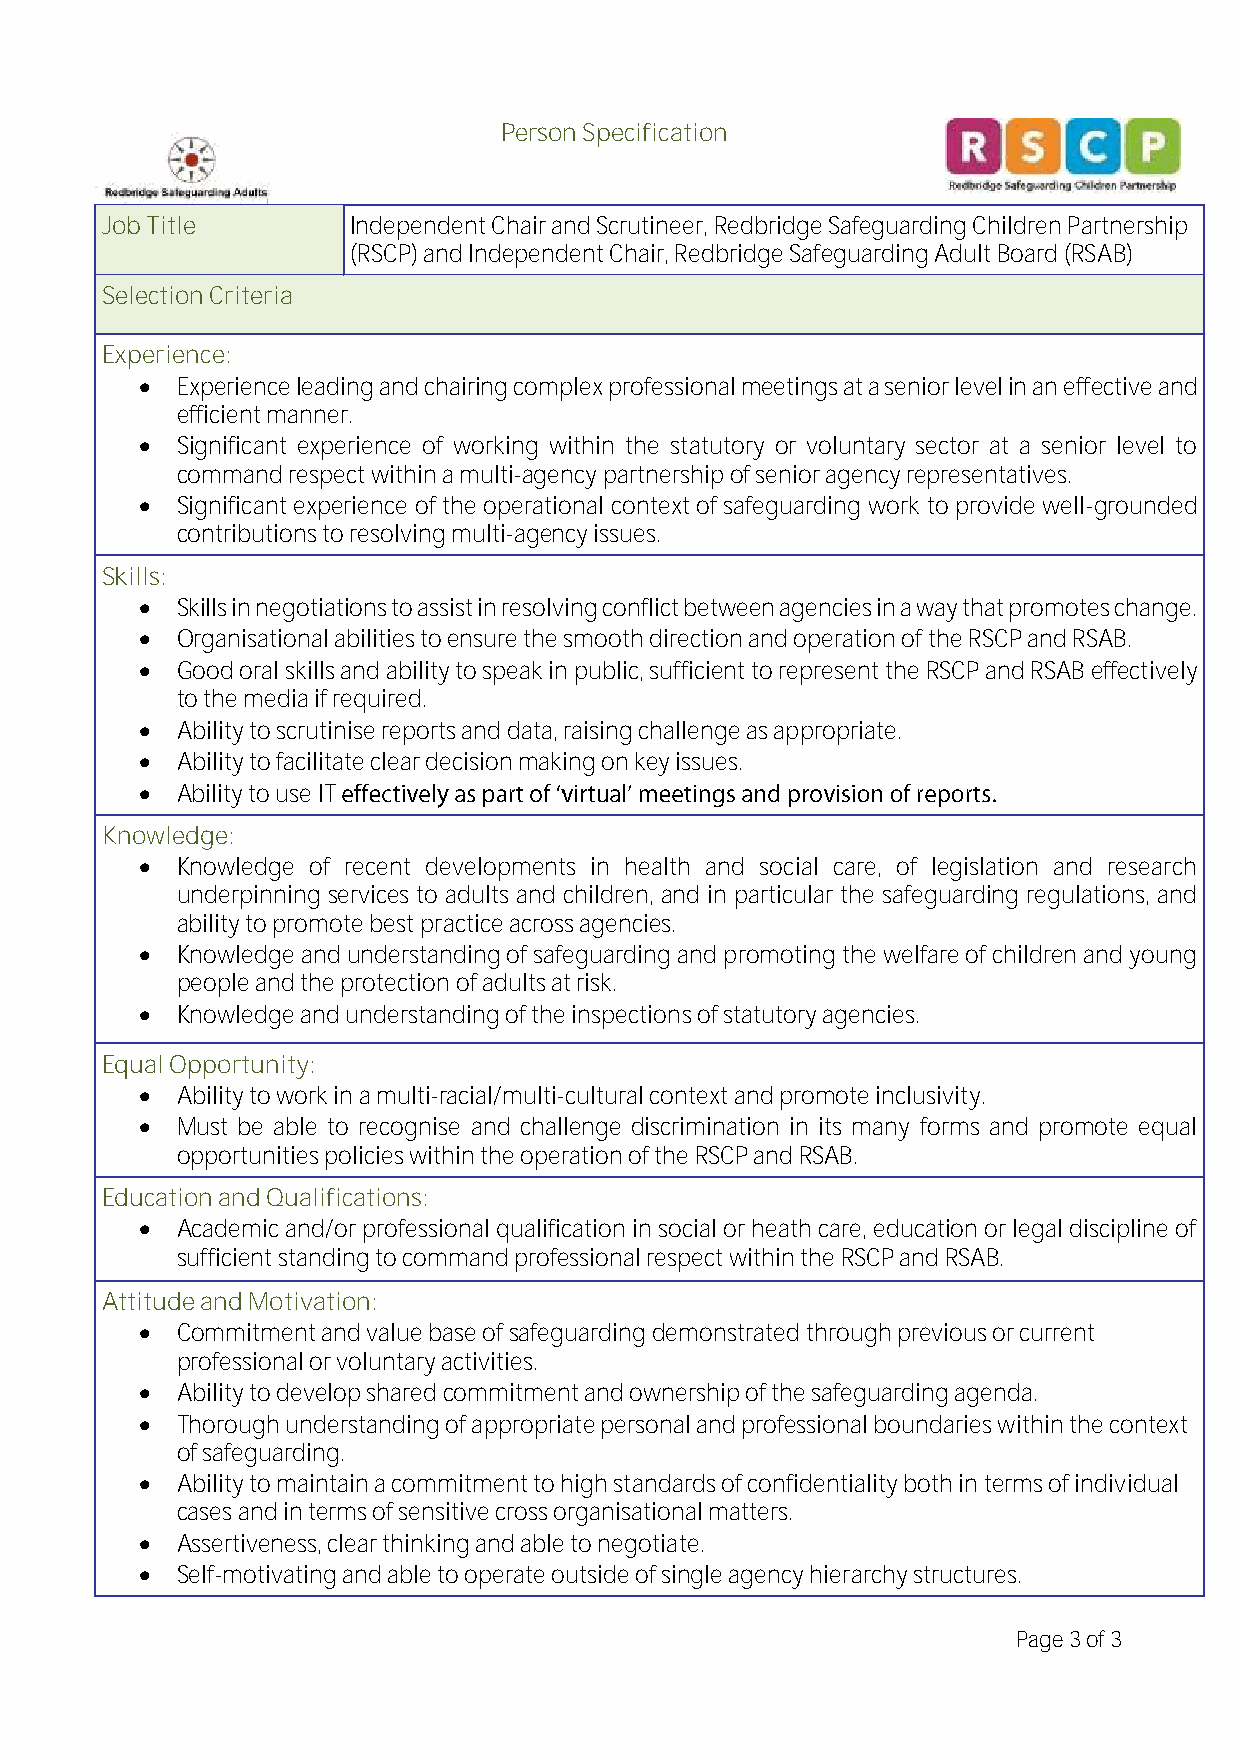
Person Specification
 Job Title       Independent Chair and Scrutineer, Redbridge Safeguarding Children Partnership
 (RSCP) and Independent Chair, Redbridge Safeguarding Adult Board (RSAB)
 Selection Criteria
 Experience:
 •  Experience leading and chairing complex professional meetings at a senior level in an effective and
 efficient manner.
 •  Significant experience of working within the statutory or voluntary sector at a senior level to
 command respect within a multi-agency partnership of senior agency representatives.
 •  Significant experience of the operational context of safeguarding work to provide well-grounded
 contributions to resolving multi-agency issues.
 Skills:
 •  Skills in negotiations to assist in resolving conflict between agencies in a way that promotes change.
 •  Organisational abilities to ensure the smooth direction and operation of the RSCP and RSAB.
 •  Good oral skills and ability to speak in public, sufficient to represent the RSCP and RSAB effectively
 to the media if required.
 •  Ability to scrutinise reports and data, raising challenge as appropriate.
 •  Ability to facilitate clear decision making on key issues.
 •  Ability to use IT
 Knowledge:
 •  Knowledge of recent developments in health and social care, of legislation and research
 underpinning services to adults and children, and in particular the safeguarding regulations, and
 ability to promote best practice across agencies.
 •  Knowledge and understanding of safeguarding and promoting the welfare of children and young
 people and the protection of adults at risk.
 •  Knowledge and understanding of the inspections of statutory agencies.
 Equal Opportunity:
 •  Ability to work in a multi-racial/multi-cultural context and promote inclusivity.
 •  Must be able to recognise and challenge discrimination in its many forms and promote equal
 opportunities policies within the operation of the RSCP and RSAB.
 Education and Qualifications:
 •  Academic and/or professional qualification in social or heath care, education or legal discipline of
 sufficient standing to command professional respect within the RSCP and RSAB.
 Attitude and Motivation:
 •  Commitment and value base of safeguarding demonstrated through previous or current
 professional or voluntary activities.
 •  Ability to develop shared commitment and ownership of the safeguarding agenda.
 •  Thorough understanding of appropriate personal and professional boundaries within the context
 of safeguarding.
 •  Ability to maintain a commitment to high standards of confidentiality both in terms of individual
 cases and in terms of sensitive cross organisational matters.
 •  Assertiveness, clear thinking and able to negotiate.
 •  Self-motivating and able to operate outside of single agency hierarchy structures.
 Page 3 of 3